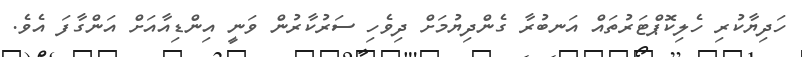
ހަދިޔާކުރި ހެލިކޮޕްޓަރުތައް އަނބުރާ ގެންދިޔުމަށް ދިވެހި ސަރުކާރުން ވަނީ އިންޑިއާއަށް އަންގާފަ އެވެ.